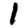
Digit: 1